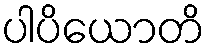
ပါပိယောတိ